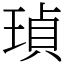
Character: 𤦹